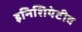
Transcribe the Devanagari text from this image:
इनिशियेटीव